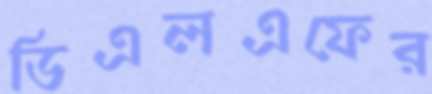
ডিএলএফের